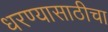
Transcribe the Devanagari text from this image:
धरण्यासाठीचा